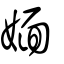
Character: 媔